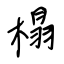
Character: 榻